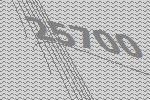
25700